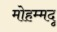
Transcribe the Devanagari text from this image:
मोहम्मदू